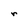
Character: r